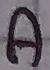
Text: A